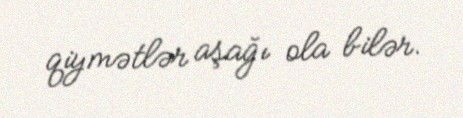
qiymətlər aşağı ola bilər.